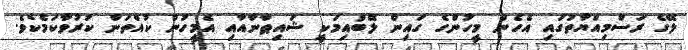
ލޭގެ ރަސްމިއްޔާތުގައި އެހެން މީހުންގެ ގައިން ލޭބުއިމަކީ ޝައިޠާނާއާއި އެމީހުން ކުއްތަން ކުރުވާކަމެކެވެ.